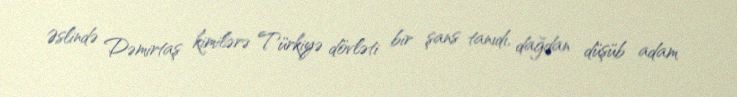
Əslində Dəmirtaş kimilərə Türkiyə dövləti bir şans tanıdı, dağdan düşüb adam